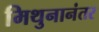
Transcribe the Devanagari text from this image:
मिथुनानंतर